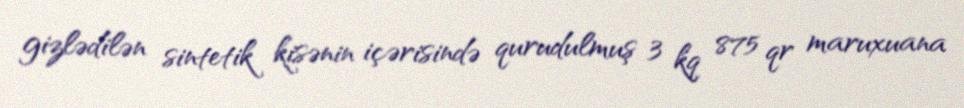
gizlədilən sintetik kisənin içərisində qurudulmuş 3 kq 875 qr maruxuana